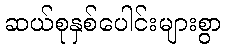
ဆယ်စုနှစ်ပေါင်းများစွာ